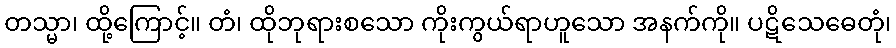
တသ္မာ၊ ထို့ကြောင့်။ တံ၊ ထိုဘုရားစသော ကိုးကွယ်ရာဟူသော အနက်ကို။ ပဋိသေဓေတုံ၊